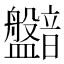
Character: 𥃛